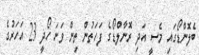
ބެލޮންޑޯގައި މެސީ އަދި ރޮނާލްޑޯގެ ފަހަތުން ތިން ވަނަ ހޯދީ 23 އަހަރުގެ